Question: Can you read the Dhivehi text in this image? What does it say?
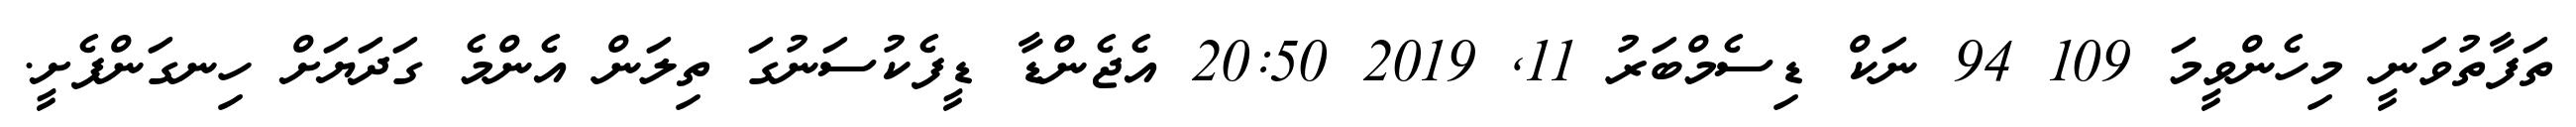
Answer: ތަފާތުވަނީ މިހެންވީމަ 109 94 ނަކް ޑިސެމްބަރު 11, 2019 20:50 އެޖެންޑާ ޑީފެކުސަނުގަ ތިލަން އެންމެ ގަދަޔަށް ހިނގަންފެށީ.